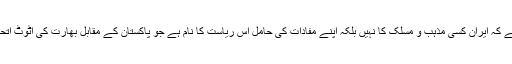
خیال رہے کہ ایران کسی مذہب و مسلک کا نہیں بلکہ اپنے مفادات کی حامل اس ریاست کا نام ہے جو پاکستان کے مقابل بھارت کی اٹوٹ اتحادی ہے۔